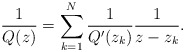
\begin{align*}\frac{1}{Q(z)} = \sum_{k=1}^{N} \frac{1}{Q'(z_{k})} \frac{1}{z-z_{k}}.\end{align*}